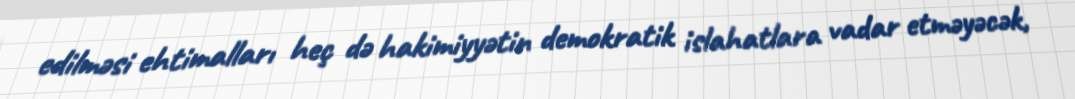
edilməsi ehtimalları heç də hakimiyyətin demokratik islahatlara vadar etməyəcək,